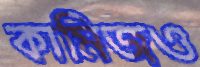
কামিজও